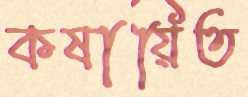
কষায়িত